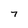
Character: 7